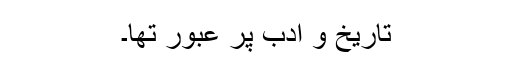
تاریخ و ادب پر عبور تھا۔